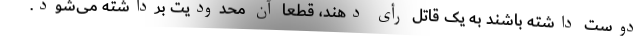
دوست داشته باشند به یک قاتل رأی دهند، قطعاً آن محدودیت برداشته می‌شود.